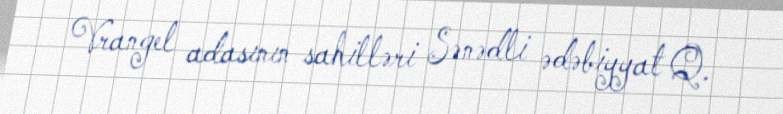
Vrangel adasının sahilləri Sənədli ədəbiyyat Q.